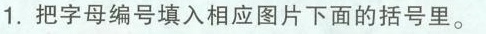
1.把字母编号填入相应图片下面的括号里。